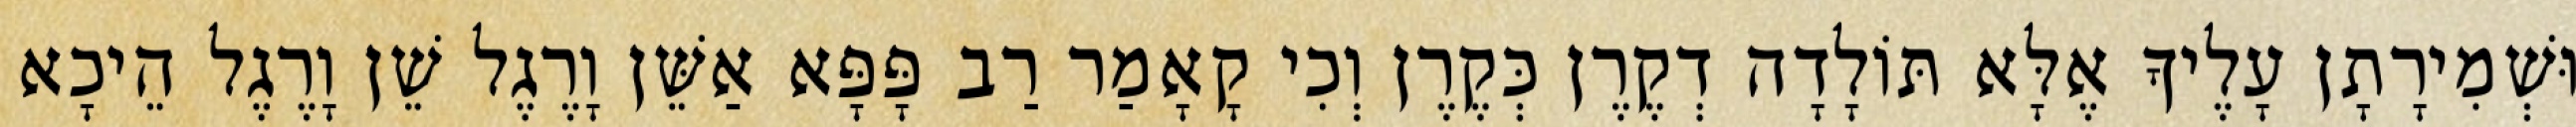
וּשְׁמִירָתָן עָלֶיךָ אֶלָּא תּוֹלָדָה דְקֶרֶן כְּקֶרֶן וְכִי קָאָמַר רַב פָּפָּא אַשֵּׁן וָרֶגֶל שֵׁן וָרֶגֶל הֵיכָא